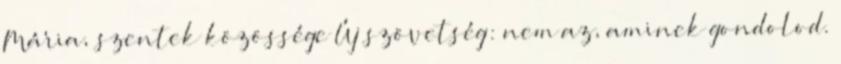
Mária, szentek közössége Új szövetség: nem az, aminek gondolod.